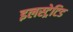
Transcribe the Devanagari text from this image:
इलस्ट्रेटिड